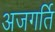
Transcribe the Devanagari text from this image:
अजगर्ति